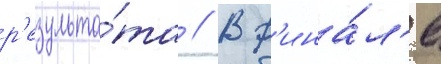
р'езульта́та // В ф'ина́л'е